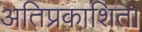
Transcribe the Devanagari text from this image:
अतिप्रकाशित।